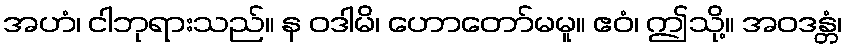
အဟံ၊ ငါဘုရားသည်။ န ဝဒါမိ၊ ဟောတော်မမူ။ ဧဝံ၊ ဤသို့။ အဝဒန္တံ၊